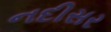
નદીસર